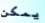
يمكن